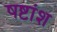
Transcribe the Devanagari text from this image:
षष्टांश